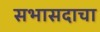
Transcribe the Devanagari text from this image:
सभासदाचा